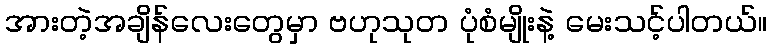
အားတဲ့အချိန်လေးတွေမှာ ဗဟုသုတ ပုံစံမျိုးနဲ့ မေးသင့်ပါတယ်။